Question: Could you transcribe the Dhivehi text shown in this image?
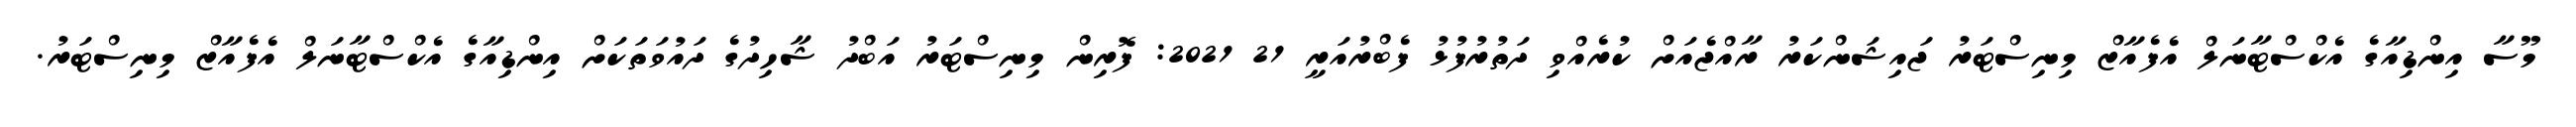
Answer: މޫސާ އިންޑިއާގެ އެކްސްޓާނަލް އެފެއާޒް މިނިސްޓަރު ޖައިޝަންކަރު ރާއްޖެއަށް ކުރެއްވި ދަތުރުފުޅު ފެބްރުއަރީ 21 2021: ފޮރިން މިނިސްޓަރު އަބްދު ޝާހިދުގެ ދައުވަތަކަށް އިންޑިއާގެ އެކްސްޓާނަލް އެފެއާޒް މިނިސްޓަރު.